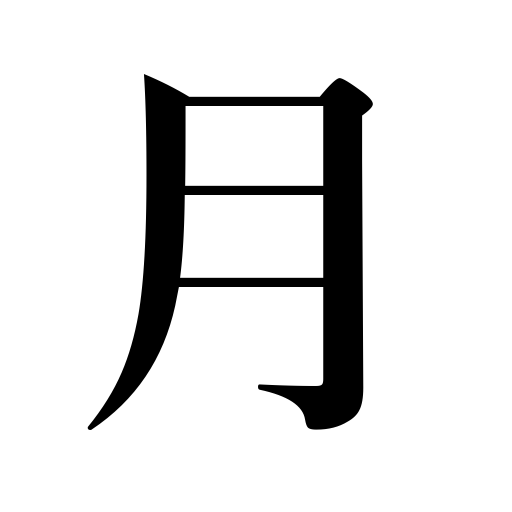
Meanings: moon,month of the year,Monday,month